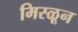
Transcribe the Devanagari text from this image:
मिस्ळून